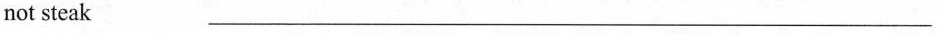
not steak ___